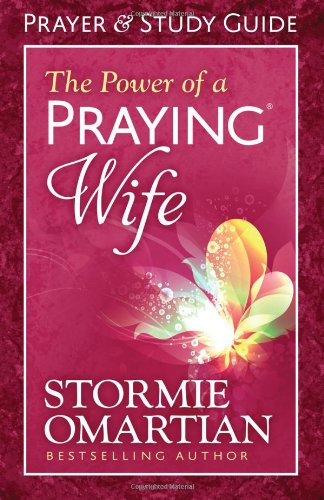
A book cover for The Power of a Praying Wife Prayer and Study Guide; Stormie Omartian; Christian Books & Bibles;